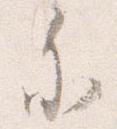
参